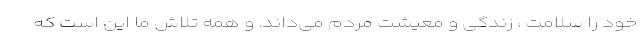
خود را سلامت ، زندگی و معیشت مردم می‌داند. و همه تلاش ما این است که